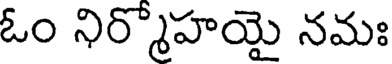
ఓం నిర్మొహయై నమః